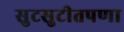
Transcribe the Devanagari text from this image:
सुटसुटीतपणा